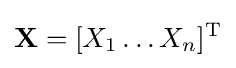
\mathbf {X} =[X_{1}\ldots X_{n}]^{\mathrm {T} }